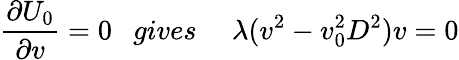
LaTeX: \frac{\partial U_{0}}{\partial v}=0\ \ \ gives\ \ \ \ \ \lambda(v^{2}-v_{0}^{2}D^{2})v=0